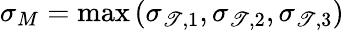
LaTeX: \sigma_{M}=\operatorname*{max}{(\sigma_{\mathscr{T},1},\sigma_{\mathscr{T},2},\sigma_{\mathscr{T},3})}